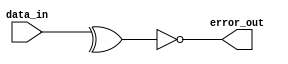
module OddParityChecker(data_in, error_out);
	input [8:0]	data_in;
	output 		error_out;
	
	reg		error_out;
	
	task paritycheck;
		input [8:0]	data;
		output		error;
		
		begin
			error = !(^data);
		end
	endtask

	always @ (data_in) begin
		paritycheck(data_in, error_out);
	end

endmodule